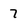
Character: 7